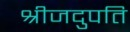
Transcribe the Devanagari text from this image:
श्रीजदुपति